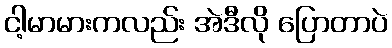
ငါ့မာမားကလည်း အဲဒီလို ပြောတာပဲ